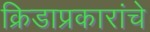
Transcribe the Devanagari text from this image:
क्रिडाप्रकारांचे